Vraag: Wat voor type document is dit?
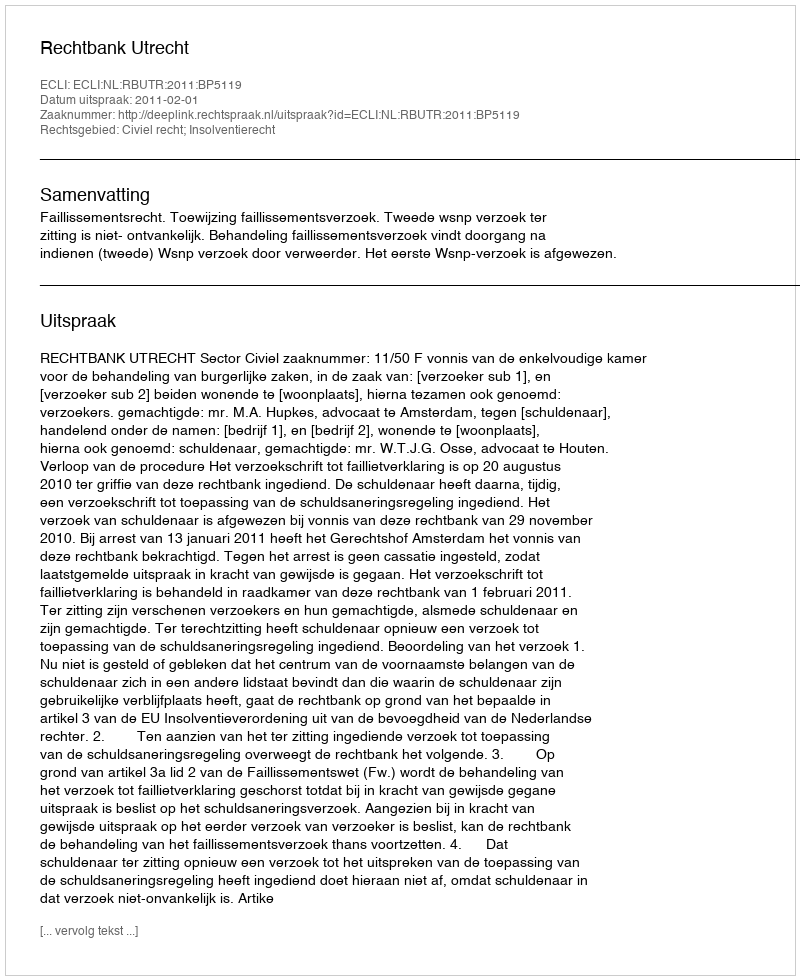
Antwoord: Uitspraak